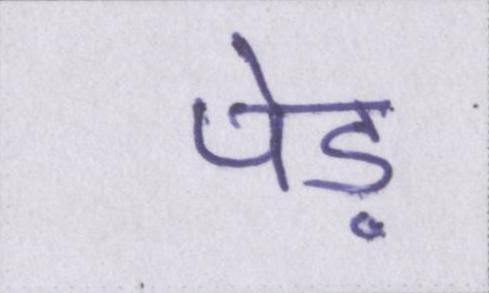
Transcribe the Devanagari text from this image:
पेड़